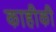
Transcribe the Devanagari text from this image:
काहीकी